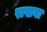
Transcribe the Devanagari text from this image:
राखवा